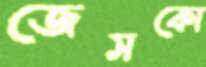
জেসকো